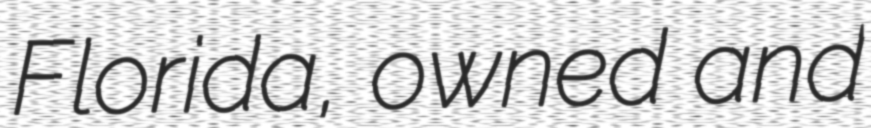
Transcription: Florida, owned and